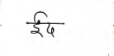
मजकूर: ईद